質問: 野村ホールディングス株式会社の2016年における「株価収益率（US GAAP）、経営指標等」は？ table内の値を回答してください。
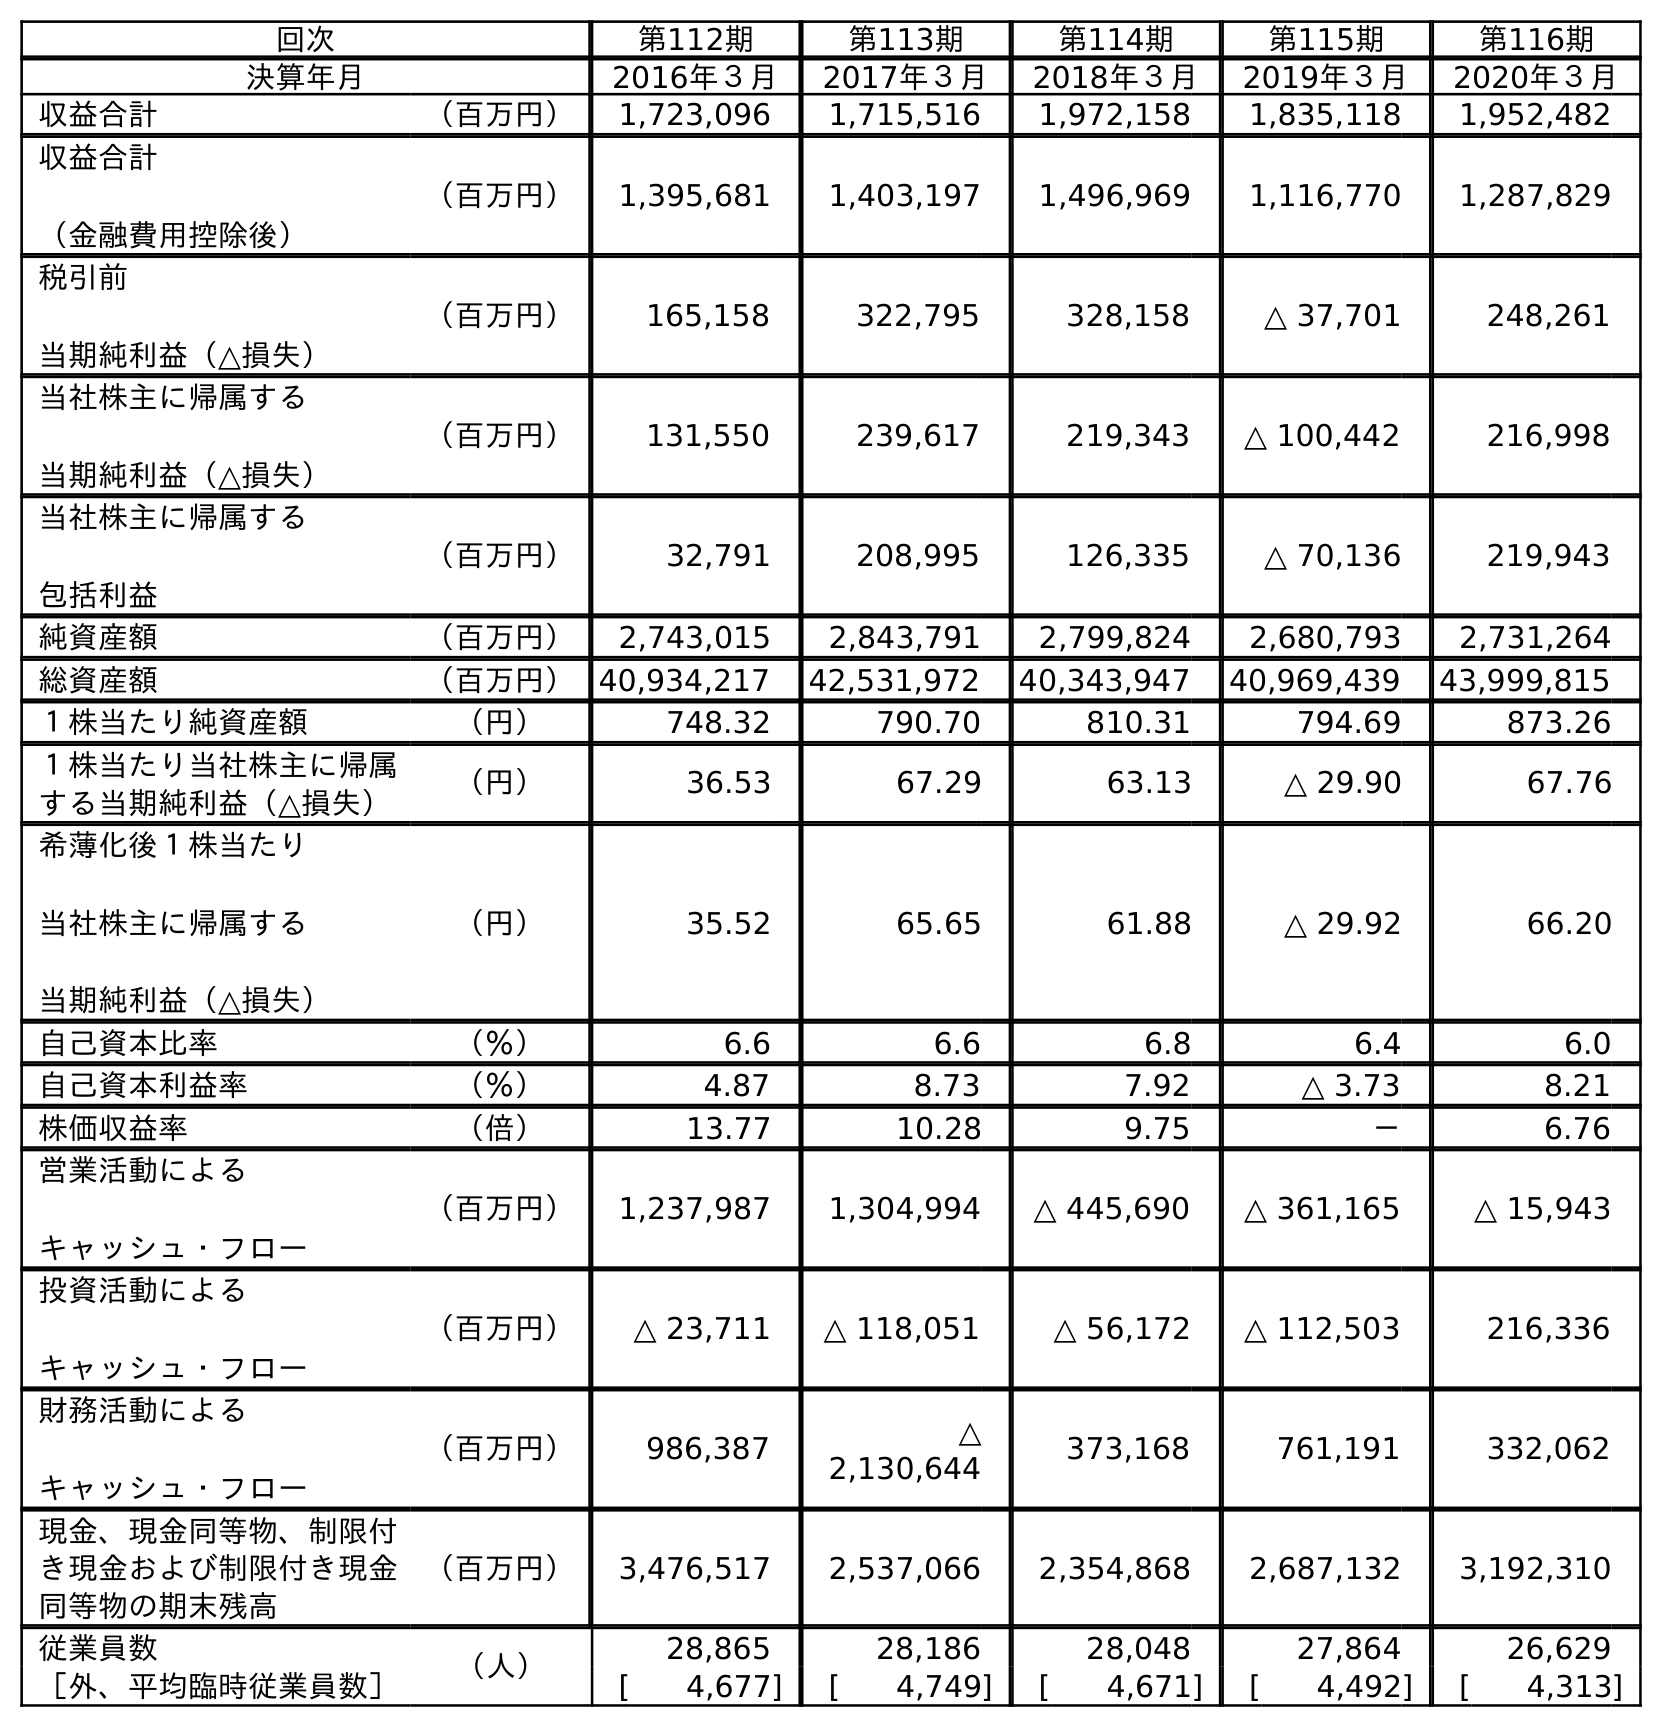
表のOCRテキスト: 回次 第112期 第113期 第114期 第115期 第116期 決算年月 2016年３月 2017年３月 2018年３月 2019年３月 2020年３月 収益合計 （百万円） 1,723,096 1,715,516 1,972,158 1,835,118 1,952,482 収益合計 （金融費用控除後） （百万円） 1,395,681 1,403,197 1,496,969 1,116,770 1,287,829 税引前 当期純利益（△損失） （百万円） 165,158 322,795 328,158 △ 37,701 248,261 当社株主に帰属する 当期純利益（△損失） （百万円） 131,550 239,617 219,343 △ 100,442 216,998 当社株主に帰属する 包括利益 （百万円） 32,791 208,995 126,335 △ 70,136 219,943 純資産額 （百万円） 2,743,015 2,843,791 2,799,824 2,680,793 2,731,264 総資産額 （百万円）40,934,217 42,531,972 40,343,947 40,969,439 43,999,815 １株当たり純資産額 （円） 748.32 790.70 810.31 794.69 873.26 １株当たり当社株主に帰属 する当期純利益（△損失） （円） 36.53 67.29 63.13 △ 29.90 67.76 希薄化後１株当たり 当社株主に帰属する 当期純利益（△損失） （円） 35.52 65.65 61.88 △ 29.92 66.20 自己資本比率 （％） 6.6 6.6 6.8 6.4 6.0 自己資本利益率 （％） 4.87 8.73 7.92 △ 3.73 8.21 株価収益率 （倍） 13.77 10.28 9.75 － 6.76 営業活動による キャッシュ・フロー （百万円） 1,237,987 1,304,994 △ 445,690 △ 361,165 △ 15,943 投資活動による キャッシュ・フロー （百万円） △ 23,711 △ 118,051 △ 56,172 △ 112,503 216,336 財務活動による キャッシュ・フロー （百万円） 986,387 △ 2,130,644 373,168 761,191 332,062 現金、現金同等物、制限付 き現金および制限付き現金 同等物の期末残高 （百万円） 3,476,517 2,537,066 2,354,868 2,687,132 3,192,310 従業員数 （人） 28,865 28,186 28,048 27,864 26,629 ［外、平均臨時従業員数］ [ 4,677] [ 4,749] [ 4,671] [ 4,492] [ 4,313]
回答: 13.77